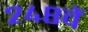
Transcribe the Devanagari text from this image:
२४८वें